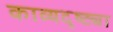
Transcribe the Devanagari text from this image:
काव्यदृष्ट्या